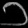
Digit: ၁